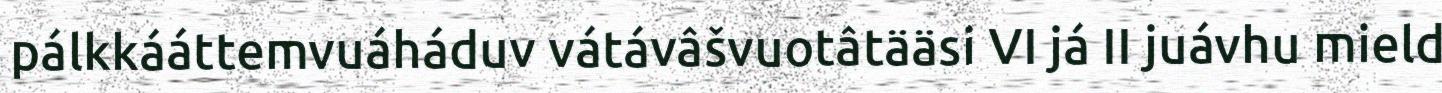
pálkkááttemvuáháduv vátávâšvuotâtääsi VI já II juávhu mield